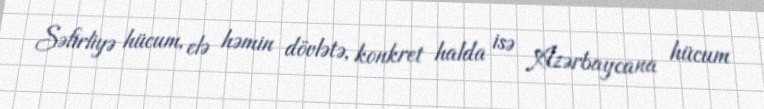
Səfirliyə hücum, elə həmin dövlətə, konkret halda isə Azərbaycana hücum